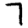
Digit: 7